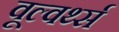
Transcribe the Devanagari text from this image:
वूल्वर्थ्स